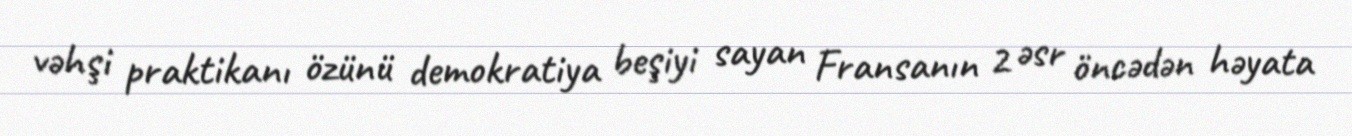
vəhşi praktikanı özünü demokratiya beşiyi sayan Fransanın 2 əsr öncədən həyata